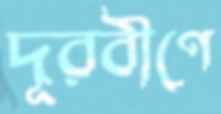
দূরবীণে